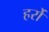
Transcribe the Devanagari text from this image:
हर्रो